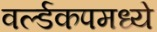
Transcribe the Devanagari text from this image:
वर्ल्डकपमध्ये